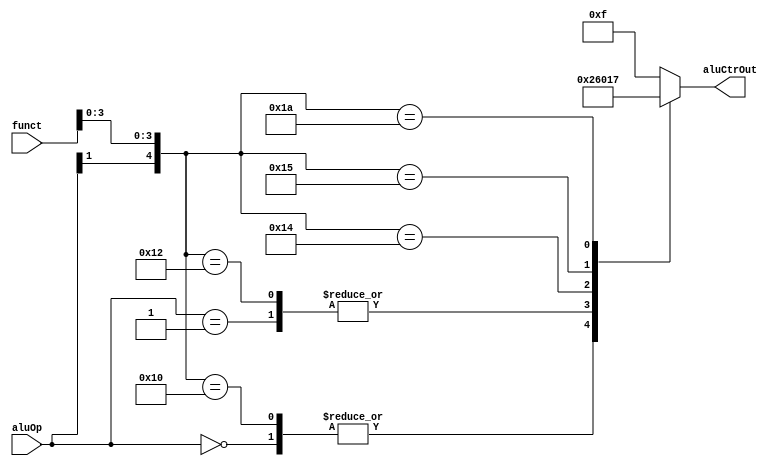
`timescale 1ns / 1ps
//////////////////////////////////////////////////////////////////////////////////
// Company: 
// Engineer: 
// 
// Design Name: 
// Module Name: ALUCtr
// Project Name: 
// Target Devices: 
// Tool Versions: 
// Description: 
// 
// Dependencies: 
// 
// Revision:
// Revision 0.01 - File Created
// Additional Comments:
// 
//////////////////////////////////////////////////////////////////////////////////


module ALUCtr(
    input [1:0] aluOp,
    input [5:0] funct,
    output [3:0] aluCtrOut
    );
    reg [3:0] ALUCtrOut;
    always @ (aluOp or funct)
    begin
        casex ({aluOp,funct})
            8'b00xxxxxx:
                    ALUCtrOut = 4'b0010;
            8'b01xxxxxx:
                    ALUCtrOut = 4'b0110; 
            8'b1xxx0000:
                    ALUCtrOut = 4'b0010;
            8'b1xxx0010:
                    ALUCtrOut = 4'b0110;
            8'b1xxx0100:
                    ALUCtrOut = 4'b0000;
            8'b1xxx0101:
                    ALUCtrOut = 4'b0001;
            8'b1xxx1010:
                    ALUCtrOut = 4'b0111;
            default:
                    ALUCtrOut = 4'b1111;
        endcase
    end
    assign aluCtrOut = ALUCtrOut;
endmodule